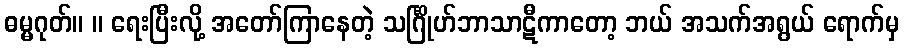
ဓမ္မဂုတ်။ ။ ရေးပြီးလို့ အတော်ကြာနေတဲ့ သင်္ဂြိုဟ်ဘာသာဋီကာတော့ ဘယ် အသက်အရွယ် ရောက်မှ